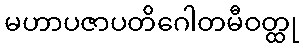
မဟာပဇာပတိဂေါတမီဝတ္ထု